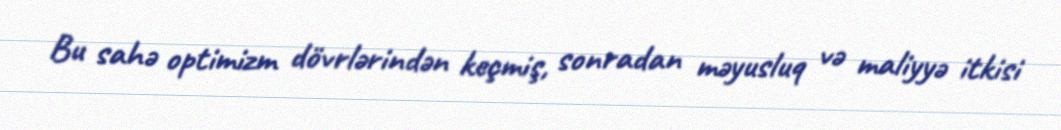
Bu sahə optimizm dövrlərindən keçmiş, sonradan məyusluq və maliyyə itkisi